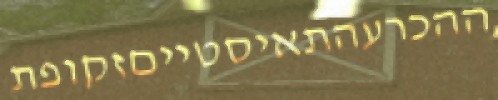
ההכרעהתאיסטייםזקופת